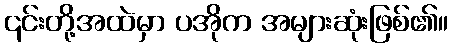
၎င်းတို့အထဲမှာ ပအိုက အများဆုံးဖြစ်၏။